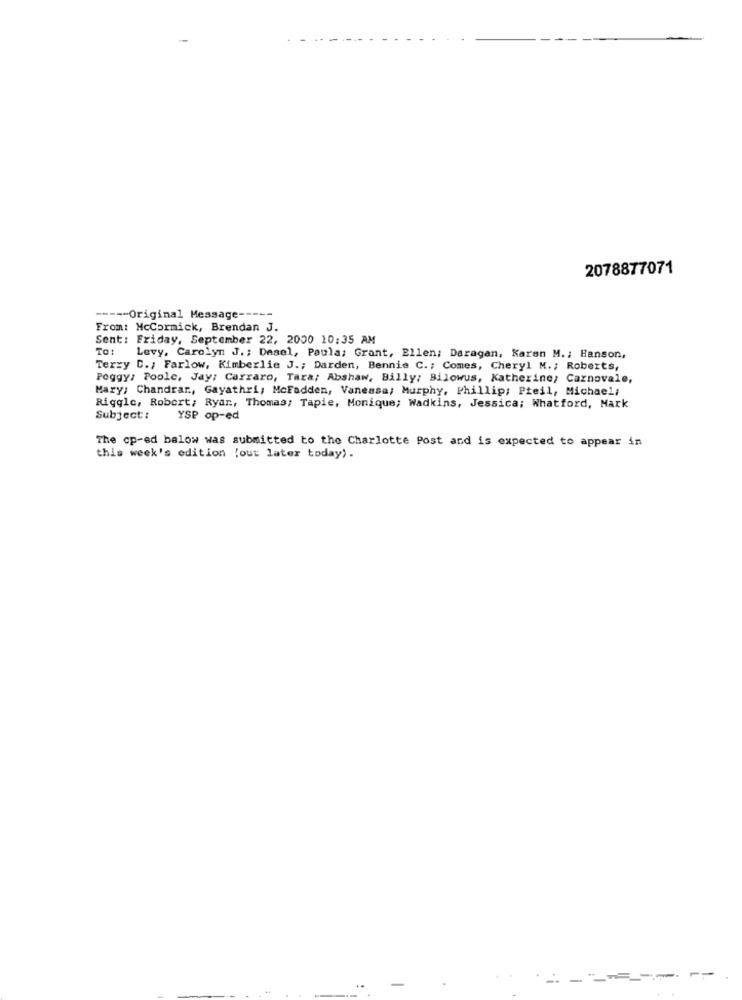
2078877071
----- Original Message -----
From: McCormick, Brendan J.
Sent: Friday, September 22, 2000 10:35 AM
To:
Levy, Carolyn J .; Desel, Paula; Grant, Ellen; Daragan, Karen M .; Hanson,
Terry C .; Farlow, Kimberlie J .; Darden, Bennie C .; Comes, Cheryl M. ; Roberts,
Peggy: Poole, Jay: Carraro, Tara; Abshaw, Billy; Bilowus, Katherine; Carnovale,
Mary, Chandran, Gayathri, Mcfadden, Vanessa; Murphy, Phillip; Pteil, Michael,
Riggle, Robert; Ryan, Thomas; Tapie, Monique; Wadkins, Jessica; Whatford, Mark
Subject:
YSP op-ed
The op-ed balow was submitted to the Charlotte Post and is expected to appear in
this week's edition (out later today).